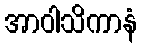
အာဝါသိကာနံ